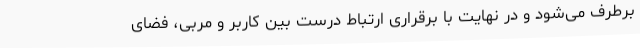
برطرف می‌شود و در نهایت با برقراری ارتباط درست بین کاربر و مربی، فضای